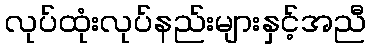
လုပ်ထုံးလုပ်နည်းများနှင့်အညီ